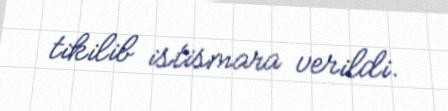
tikilib istismara verildi.